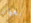
بعيار